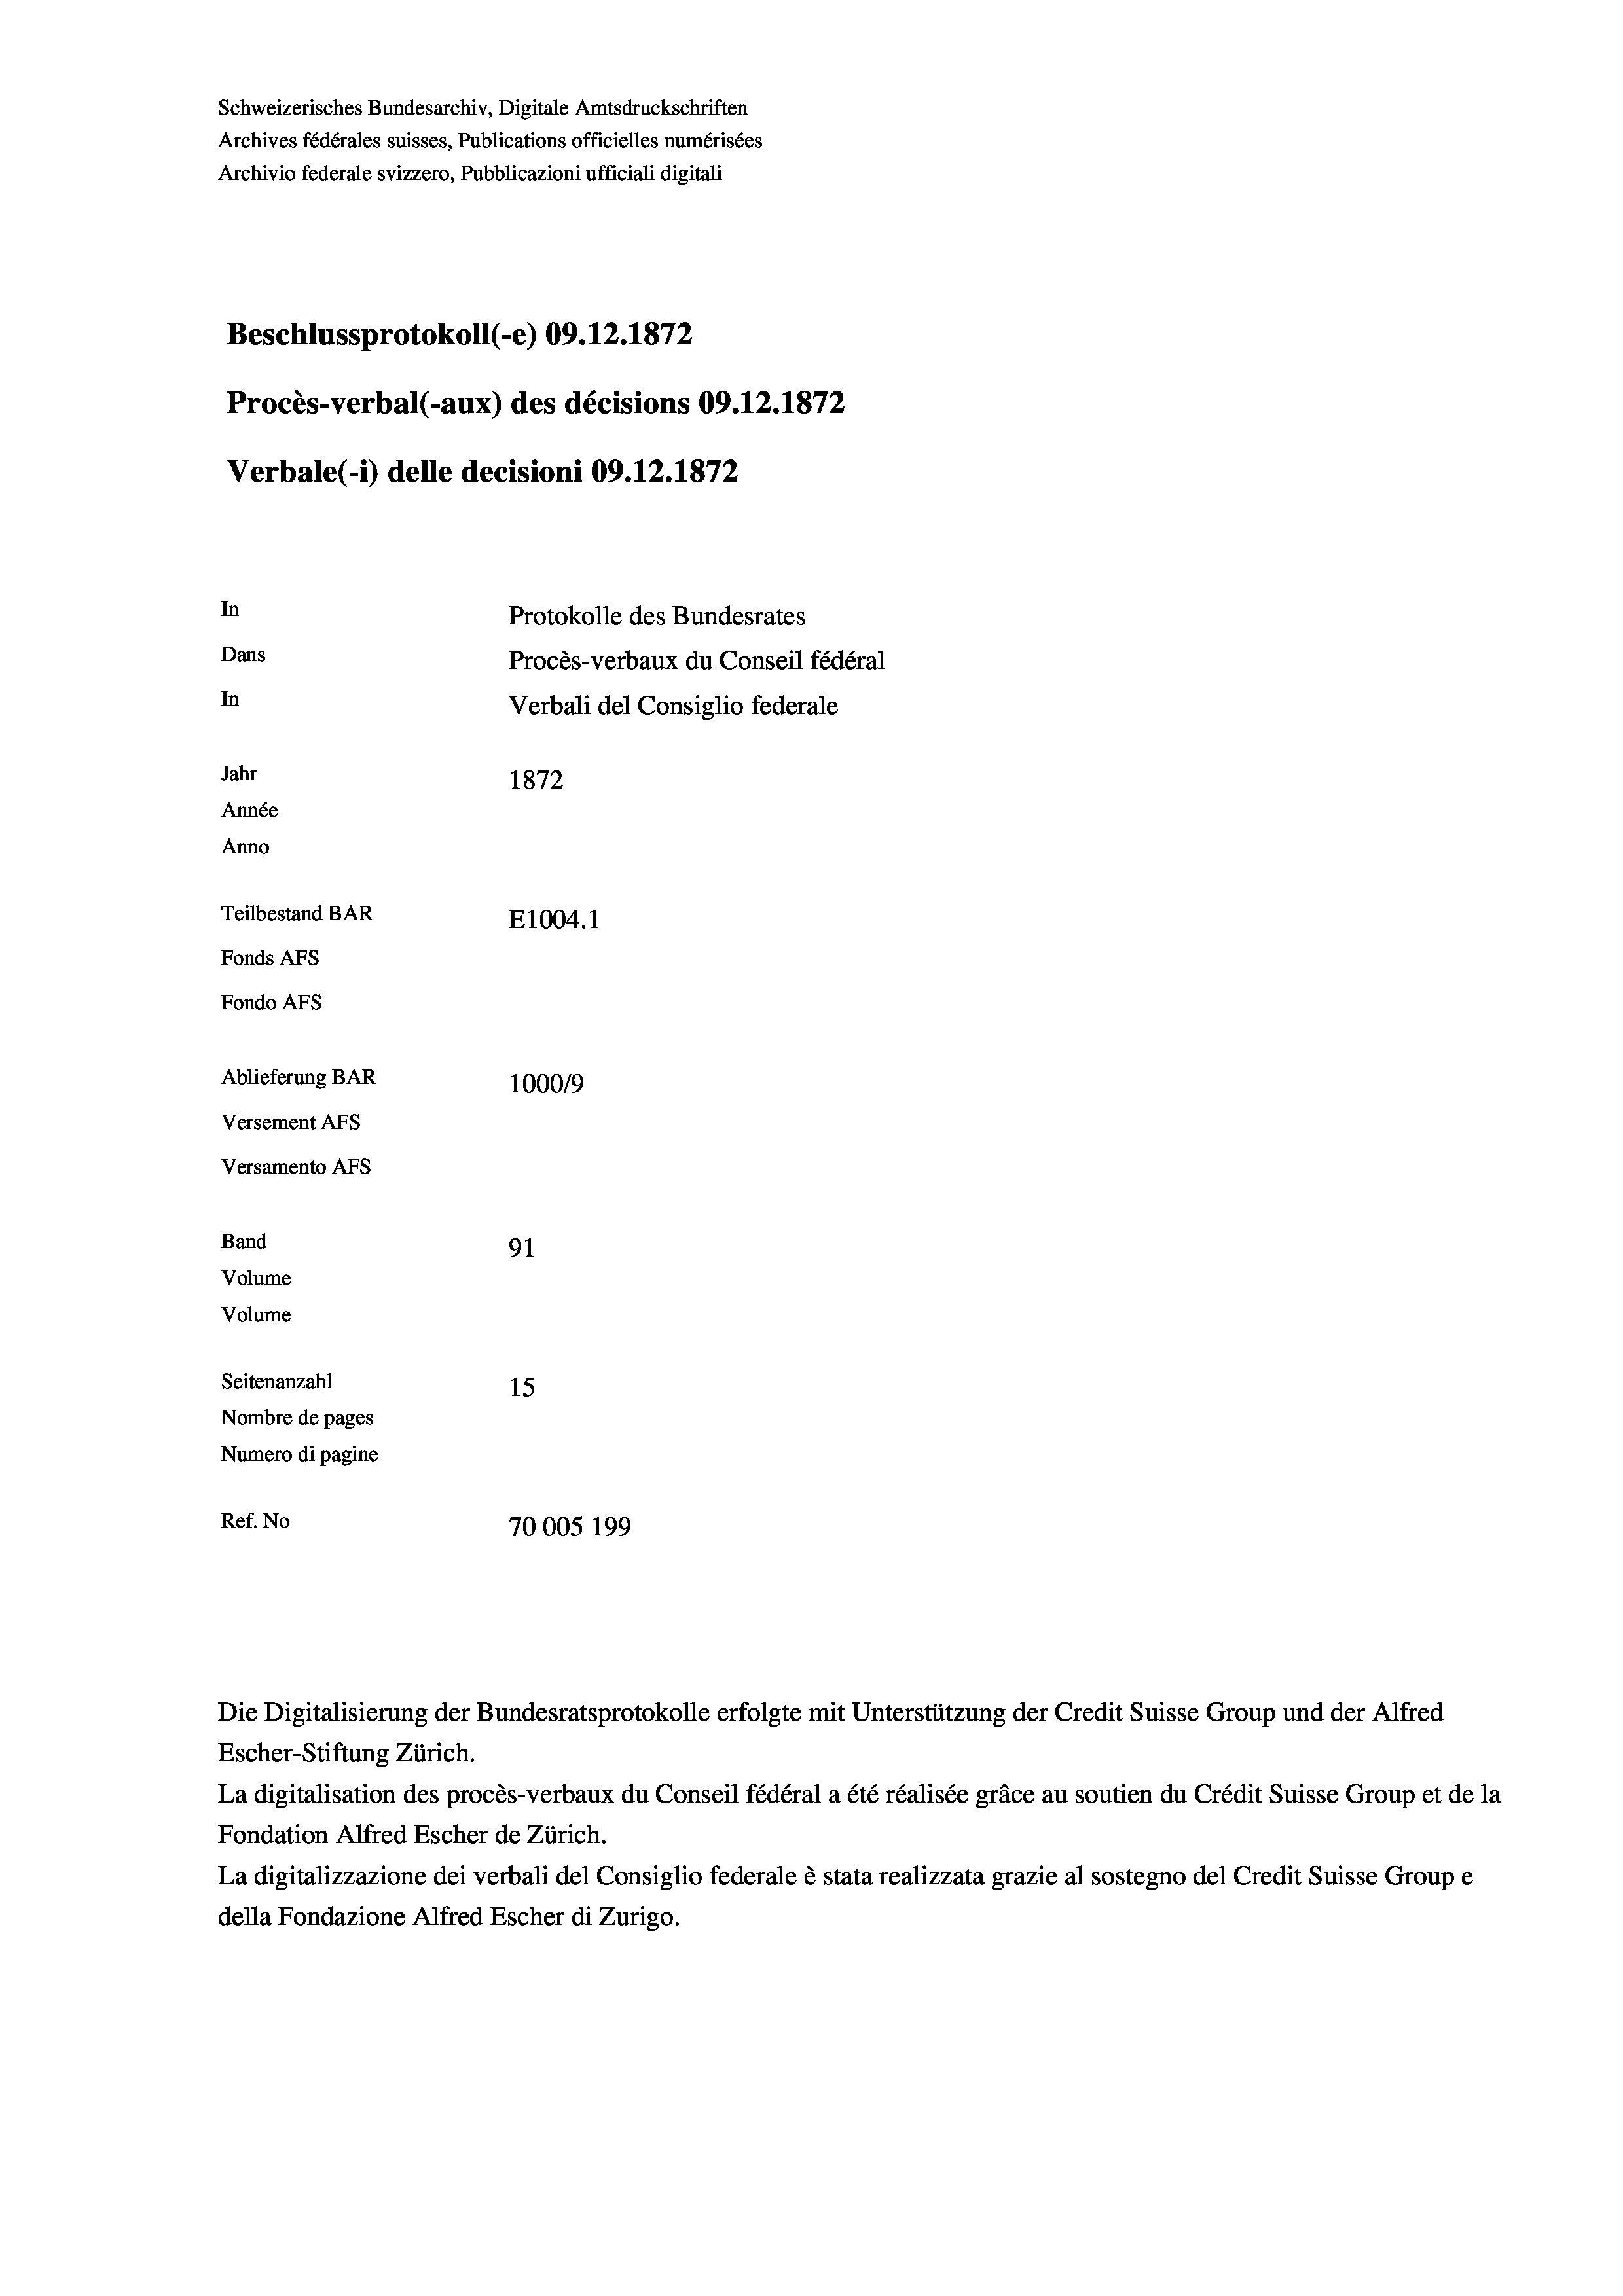
Schweizerisches Bundesarchiv, Digitale Amtsdruckschriften
Archives fédérales suisses, Publications officielles numérisées
Archivio federale svizzero, Pubblicazioni ufficiali digitali
Beschlussprotokoll (-e) 09.12.1872
Procès-verbal (-aux) des décisions 09.12.1872
Verbale (- 1) delle decisioni 09.12.1872
In
Protokolle des Bundesrates
Dans
Procès-verbaux du Conseil fédéral
In
Verbali del Consiglio federale
Jahr
1872
Année
Anno
Teilbestand BAR
E1004. 1
Fonds AFs
Fondo AFs
Ablieferung BAR
100019
Versement Abs
Versamento Afs
Band
91
Volume
Volume

Ref. No

Seitenanzahl
15
Nombre de pages
Numero di pagine
70005 199

Escher-Stiftung Zürich.
La digitalisation des procès-verbaux du Conseil fédéral a été réalisée gräce au soutien du Crédit Suisse Group et de la
Fondation Alfred Escher de Zürich.
La digitalizzazione dei verbali del Consiglio federale è stata realizzata grazie al sostegno del Credit Suisse Groupe
della Fondazione Alfred Escher di Zurigo.

Die Digitalisierung der Bundesratsprotokolle erfolgte mit Unterstützung der Credit Suisse Group und der Alfred